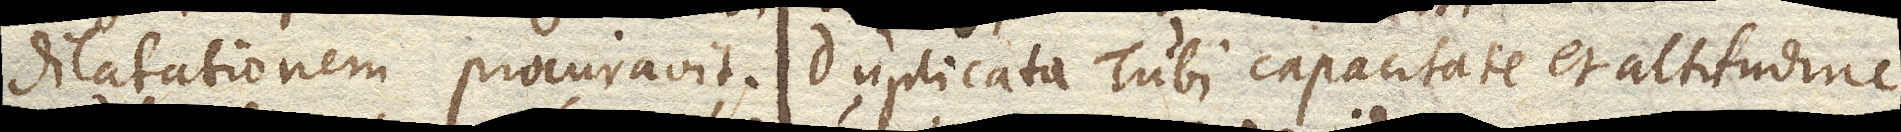
dilatationem procuravit. Duplicata Tubi capacitate et altitudine